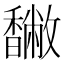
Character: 𩡡